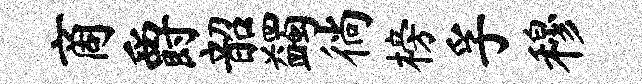
商爵韶蠲徜榜孚穆